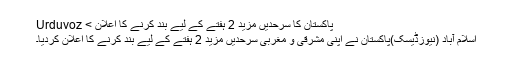
پاکستان کا سرحدیں مزید 2 ہفتے کے لیے بند کرنے کا اعلان > Urduvoz
اسلام آباد (نیوزڈیسک)پاکستان نے اپنی مشرقی و مغربی سرحدیں مزید 2 ہفتے کے لیے بند کرنے کا اعلان کردیا۔